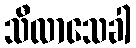
သီလာသေခါ